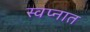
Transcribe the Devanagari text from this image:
स्‍वप्‍नात